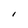
Character: l